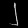
Digit: ၂